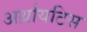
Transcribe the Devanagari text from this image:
अर्थ्रायटिस